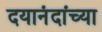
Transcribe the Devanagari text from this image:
दयानंदांच्या